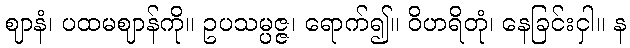
ဈာနံ၊ ပထမဈာန်ကို။ ဥပသမ္ပဇ္ဇ၊ ရောက်၍။ ဝိဟရိတုံ၊ နေခြင်းငှါ။ န